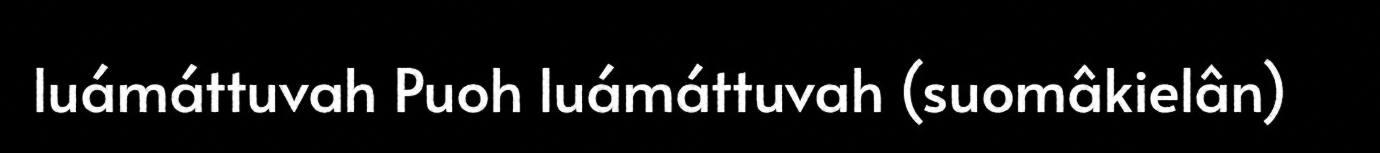
luámáttuvah Puoh luámáttuvah (suomâkielân)